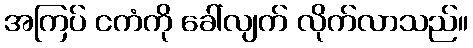
အကြပ် ငကံကို ခေါ်လျက် လိုက်လာသည်။